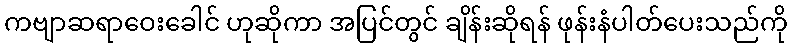
ကဗျာဆရာဝေးခေါင် ဟုဆိုကာ အပြင်တွင် ချိန်းဆိုရန် ဖုန်းနံပါတ်ပေးသည်ကို